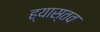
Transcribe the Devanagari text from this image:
ह्यास्तव